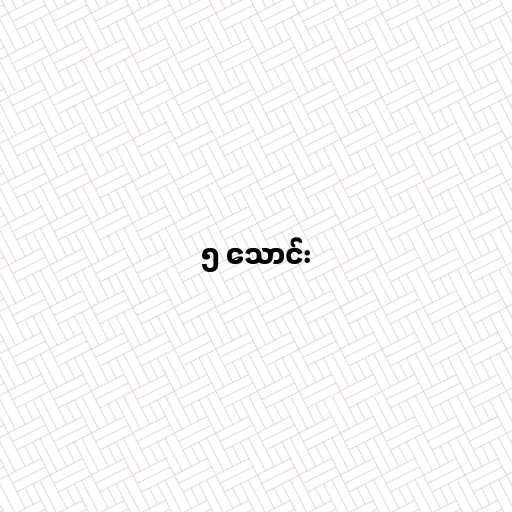
၅ သောင်း